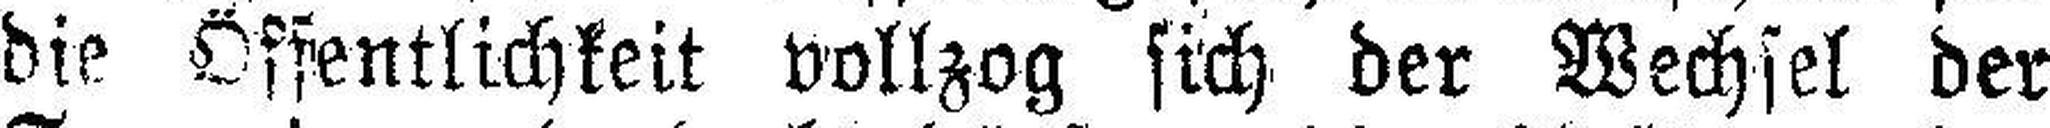
die Öffentlichkeit vollzog sich der Wechsel der